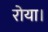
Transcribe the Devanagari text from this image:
रोया।